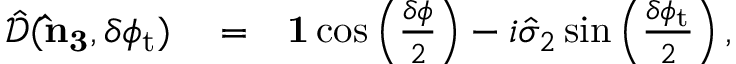
\begin{array} { r l r } { \hat { \mathcal { D } } ( { \bf \hat { n } _ { 3 } } , \delta \phi _ { \mathrm { t } } ) } & { { } = } & { { \bf 1 } \cos \left( \frac { \delta \phi } { 2 } \right) - i \hat { \sigma } _ { 2 } \sin \left( \frac { \delta \phi _ { \mathrm { t } } } { 2 } \right) , } \end{array}